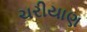
ચરીયાણ